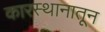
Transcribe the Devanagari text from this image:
कारस्थानातून